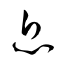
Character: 息